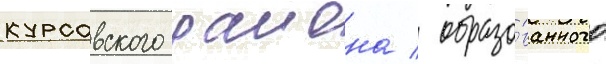
курсавского раиона / образо́ванного